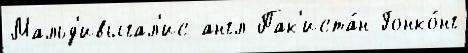
Мальд'ивыгал'ис англ Пак'иста́н Гонко́нг